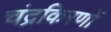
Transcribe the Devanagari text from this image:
चंद्रकिरणों